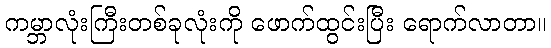
ကမ္ဘာလုံးကြီးတစ်ခုလုံးကို ဖောက်ထွင်းပြီး ရောက်လာတာ။